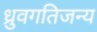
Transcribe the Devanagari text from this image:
ध्रुवगतिजन्य